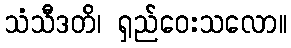
သံသီဒတိ၊ ရှည်ဝေးသလော။